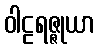
ဝါဠရဇ္ဇုယာ